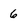
Character: 6